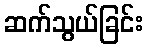
ဆက်သွယ်ခြင်း